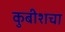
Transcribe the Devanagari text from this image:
कुबीशचा